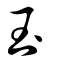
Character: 玉